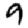
Digit: 9